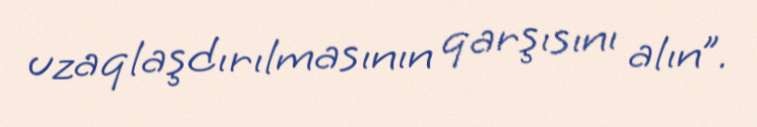
uzaqlaşdırılmasının qarşısını alın”.